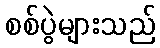
စစ်ပွဲများသည်